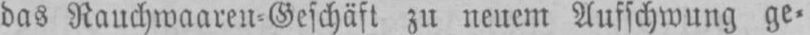
das Rauchwaaren⸗Geschäft zu neuem Aufschwung ge⸗